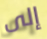
إلى